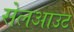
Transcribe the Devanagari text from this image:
सेलआउट